Document type: Grant
Year: 1445
Scribe: Antoni Gomar
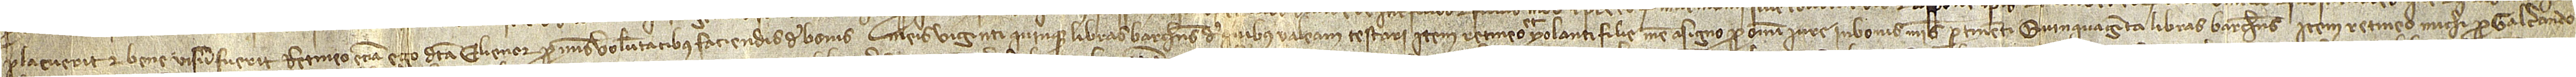
placuerit et bene visum fuerit. Retineo etiam ego dicto Elienor pro meis voluntatibus faciendis de bonis meis viginti quinque libras barchinonenses, de quibus valeam testari. Item, retineo et  Yolanti, filie mee, asigno pro omni iure in bonis meis pertinenti quinquaginta libras barchinonenses. Item, retineo michi pro Galcerando,